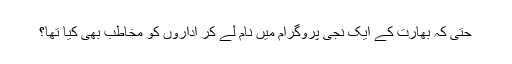
حتٰی کہ بھارت کے ایک نجی پروگرام میں نام لے کر اداروں کو مخاطب بھی کیا تھا؟